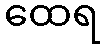
ထေရ